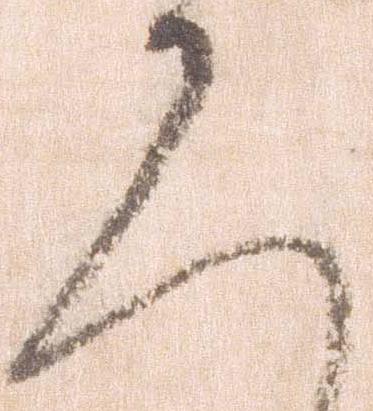
恐